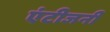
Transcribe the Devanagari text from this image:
एंटीजनी